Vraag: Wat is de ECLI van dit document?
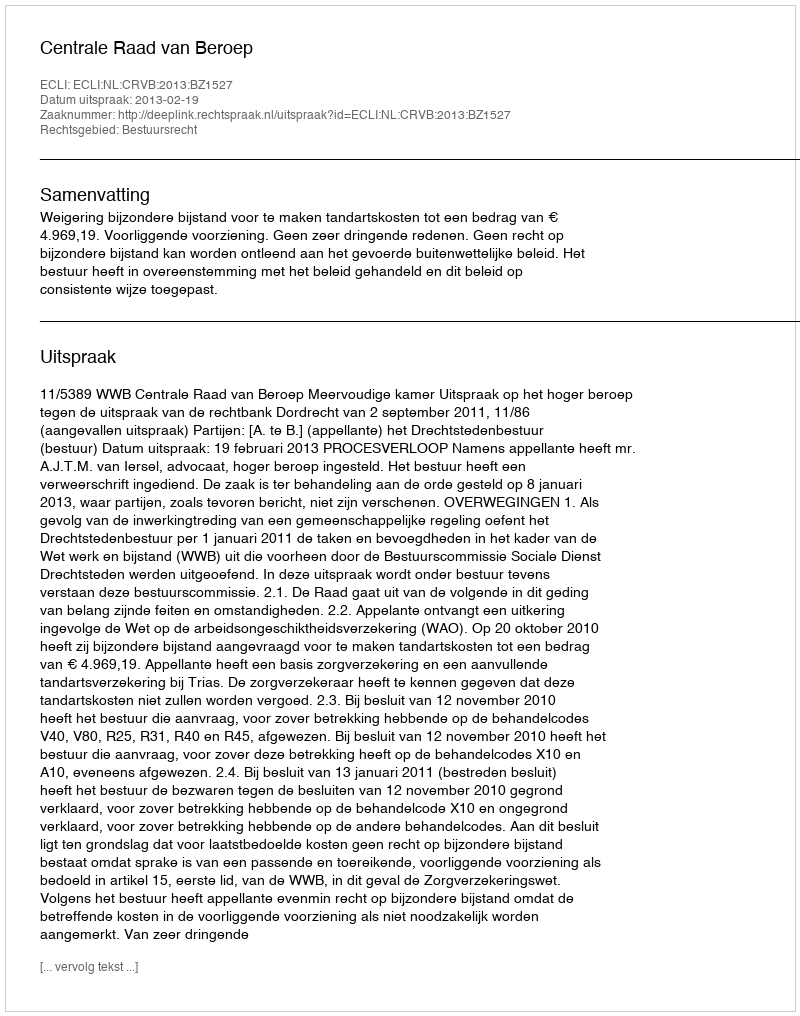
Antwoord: ECLI:NL:CRVB:2013:BZ1527